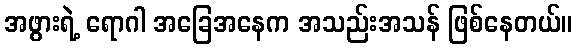
အဖွားရဲ့ ရောဂါ အခြေအနေက အသည်းအသန် ဖြစ်နေတယ်။